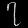
Digit: ၇